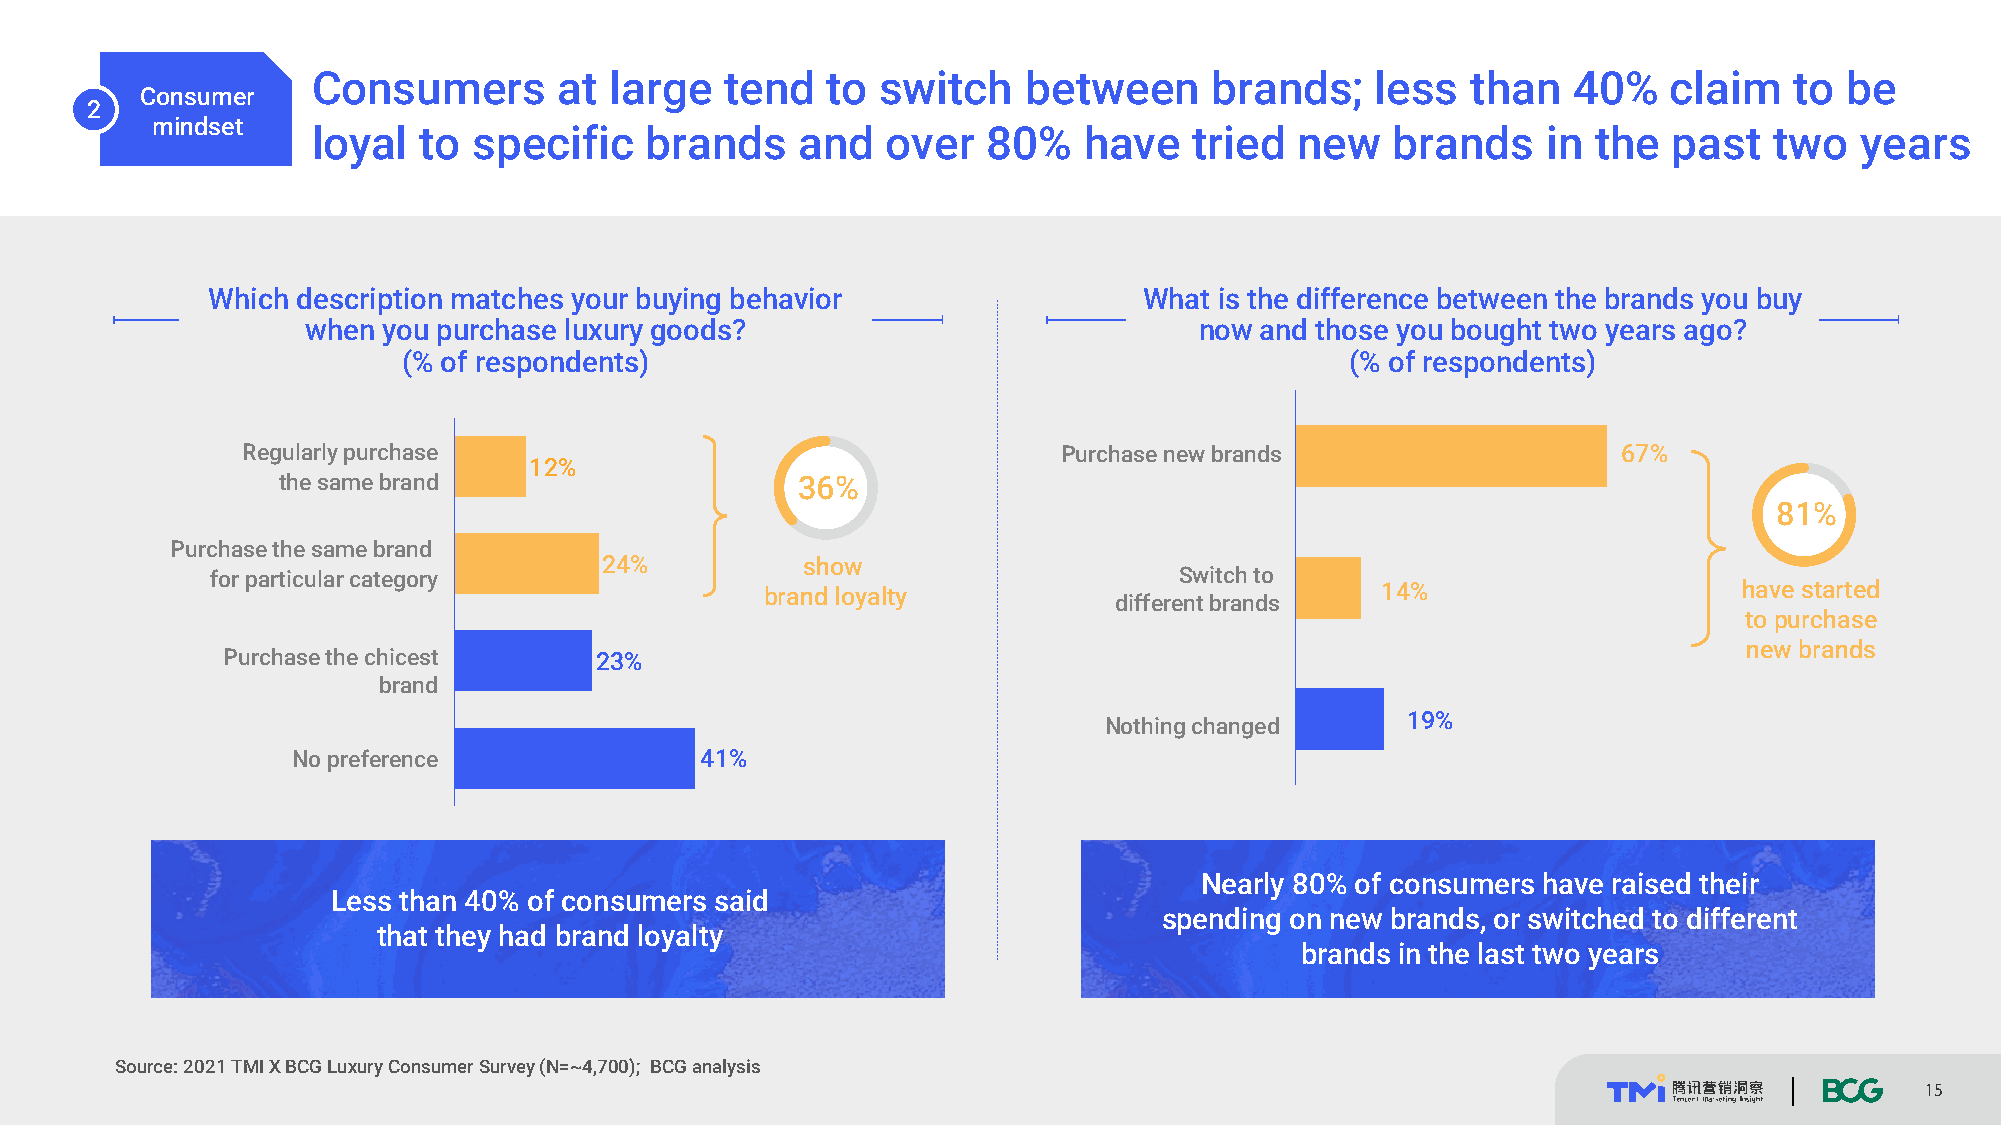
Consumers       at large   tend   to switch    between     brands;    less  than   40%    claim   to be
 Consumer
 2
 mindset
 loyal  to specific    brands    and   over  80%    have   tried  new   brands    in  the  past  two   years
 Which description matches your buying behavior                What is the difference between the brands you buy
 when you purchase luxury goods?                            now and those you bought two years ago?
 (% of respondents)                                            (% of respondents)
 Regularly purchase                                    Purchasenew brands                   67%
 12%
 the same brand                     36%
 81%
 Purchase the same brand
 24%          show
 for particular category                                         Switch to
 brand loyalty                           14%                     have started
 different brands
 to purchase
 new brands
 Purchase the chicest    23%
 brand
 Nothing changed     19%
 No preference              41%
 Nearly 80% of consumers have raised their
 Less than 40% of consumers said
 spending on new brands, or switched to different
 that they had brand loyalty
 brands in the last two years
 Source: 2021 TMIX BCG Luxury Consumer Survey (N=~4,700); BCG analysis
 15